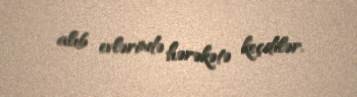
alıb evlərində hərəkətə keçdilər.